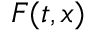
F ( t , x )